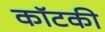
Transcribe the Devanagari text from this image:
कॉटकी